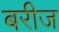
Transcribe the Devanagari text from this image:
बरीज